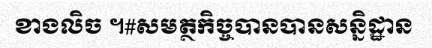
ខាងលិច ។#សមត្ថកិច្ចបានបានសន្និដ្ឋាន